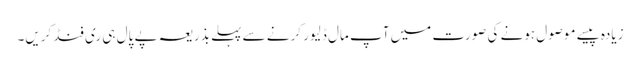
زیادہ پیسے موصول ہونے کی صورت میں آپ مال ڈلیور کرنے سے پہلے بذریعہ پے پال ہی ری فنڈ کریں۔